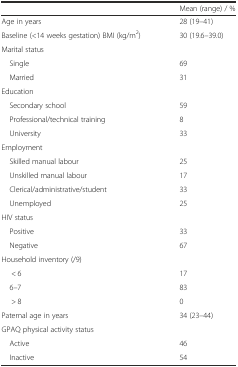
<table><thead><tr><td></td><td><b>Mean (range) / %</b></td></tr></thead><tbody><tr><td>Age in years</td><td>28 (19–41)</td></tr><tr><td>Baseline (&lt;14 weeks gestation) BMI (kg/m<sup>2</sup>)</td><td>30 (19.6–39.0)</td></tr><tr><td>Marital status</td><td></td></tr><tr><td> Single</td><td>69</td></tr><tr><td> Married</td><td>31</td></tr><tr><td>Education</td><td></td></tr><tr><td> Secondary school</td><td>59</td></tr><tr><td> Professional/technical training</td><td>8</td></tr><tr><td> University</td><td>33</td></tr><tr><td>Employment</td><td></td></tr><tr><td> Skilled manual labour</td><td>25</td></tr><tr><td> Unskilled manual labour</td><td>17</td></tr><tr><td> Clerical/administrative/student</td><td>33</td></tr><tr><td> Unemployed</td><td>25</td></tr><tr><td>HIV status</td><td></td></tr><tr><td> Positive</td><td>33</td></tr><tr><td> Negative</td><td>67</td></tr><tr><td>Household inventory (/9)</td><td></td></tr><tr><td>&lt; 6</td><td>17</td></tr><tr><td> 6–7</td><td>83</td></tr><tr><td>&gt; 8</td><td>0</td></tr><tr><td>Paternal age in years</td><td>34 (23–44)</td></tr><tr><td>GPAQ physical activity status</td><td></td></tr><tr><td> Active</td><td>46</td></tr><tr><td> Inactive</td><td>54</td></tr></tbody></table>